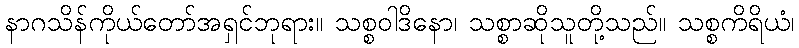
နာဂသိန်ကိုယ်တော်အရှင်ဘုရား။ သစ္စဝါဒိနော၊ သစ္စာဆိုသူတို့သည်။ သစ္စကိရိယံ၊